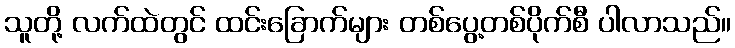
သူတို့ လက်ထဲတွင် ထင်းခြောက်များ တစ်ပွေ့တစ်ပိုက်စီ ပါလာသည်။